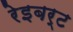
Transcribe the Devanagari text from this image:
रेइबर्ट